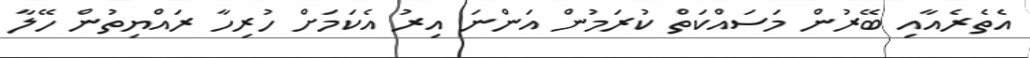
އެތެރެއާއި ބޭރުން މަސައްކަތް ކުރަމުން އަންނަ އިރު އެކަމަށް ހުރިހާ ރައްޔިތުން ހޭލާ